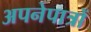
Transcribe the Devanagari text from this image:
अपनेपात्रों